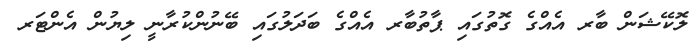
ލޮކޭޝަން ބާރ އެއްގެ ގޮތުގައި ޕާތުބާރ އެއްގެ ބަދަލުގައި ބޭނުންކުރާނީ ލިޔުން އެންޓަރ